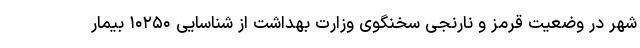
شهر در وضعیت قرمز و نارنجی سخنگوی وزارت بهداشت از شناسایی ۱۰۲۵۰ بیمار